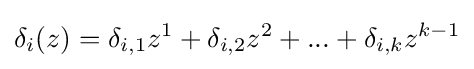
\delta _{i}(z)=\delta _{i,1}z^{1}+\delta _{i,2}z^{2}+...+\delta _{i,k}z^{k-1}